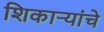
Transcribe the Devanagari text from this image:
शिकाऱ्यांचे